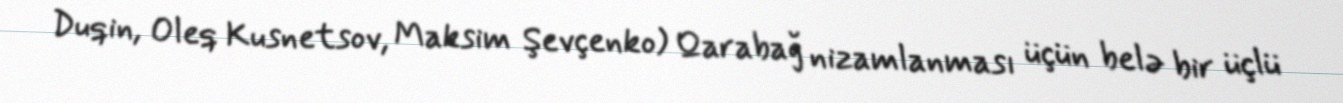
Duqin, Oleq Kusnetsov, Maksim Şevçenko) Qarabağ nizamlanması üçün belə bir üçlü